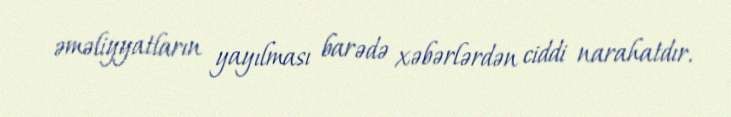
əməliyyatların yayılması barədə xəbərlərdən ciddi narahatdır.